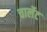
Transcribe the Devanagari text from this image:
चार्लेट